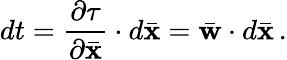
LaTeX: dt=\frac{\partial\tau}{\partial\bar{\mathbf x}}\cdot d\bar{\mathbf x}=\bar{\mathbf w}\cdot d\bar{\mathbf x}\, .